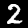
Digit: 2